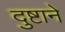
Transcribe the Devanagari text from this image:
दुष्टाने